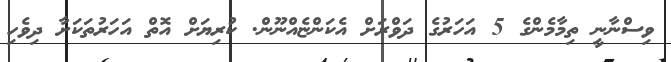
ވިސްނާނީ ތިމާމެންގެ 5 އަހަރުގެ ދަވްރަށް އެކަންޏެއްނޫން. ކުރިޔަށް އޮތް އަހަރުތަކަށާ ދިވެހި